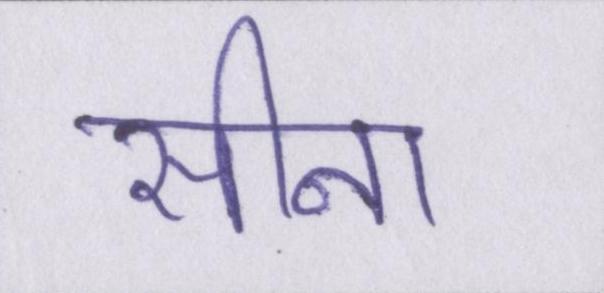
सीना